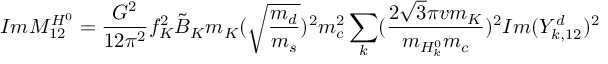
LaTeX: I m M _ { 1 2 } ^ { H ^ { 0 } } = \frac { G ^ { 2 } } { 1 2 \pi ^ { 2 } } f _ { K } ^ { 2 } \tilde { B } _ { K } m _ { K } ( \sqrt { \frac { m _ { d } } { m _ { s } } } ) ^ { 2 } m _ { c } ^ { 2 } \sum _ { k } ( \frac { 2 \sqrt { 3 } \pi v m _ { K } } { m _ { H _ { k } ^ { 0 } } m _ { c } } ) ^ { 2 } I m ( Y _ { k , 1 2 } ^ { d } ) ^ { 2 }